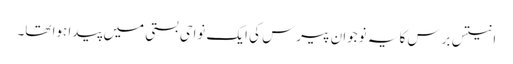
انتیس برس کا یہ نوجوان پیرس کی ایک نواحی بستی میں پیدا ہوا تھا۔